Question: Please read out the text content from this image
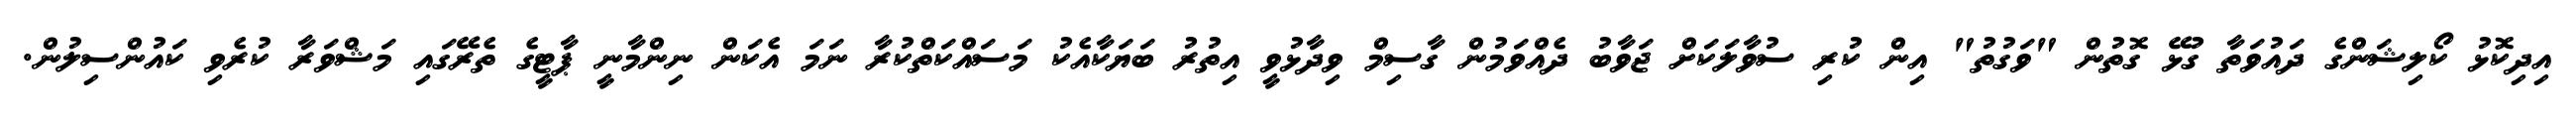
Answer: އިދިކޮޅު ކޯލިޝަންގެ ދައުވަތާ ގުޅޭ ގޮތުން "ވަގުތު" އިން ކުރި ސުވާލަކަށް ޖަވާބު ދެއްވަމުން ގާސިމް ވިދާޅުވީ އިތުރު ބަޔަކާއެކު މަސައްކަތްކުރާ ނަމަ އެކަން ނިންމާނީ ޕާޓީގެ ތެރޭގައި މަޝްވަރާ ކުރެވި ކައުންސިލުން.